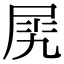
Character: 𡱧